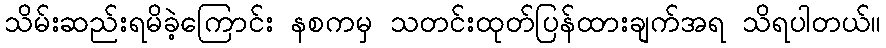
သိမ်းဆည်းရမိခဲ့ကြောင်း နစကမှ သတင်းထုတ်ပြန်ထားချက်အရ သိရပါတယ်။